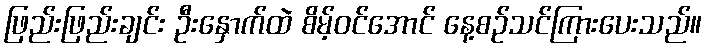
ဖြည်းဖြည်းချင်း ဦးနှောက်ထဲ စိမ့်ဝင်အောင် နေ့စဉ်သင်ကြားပေးသည်။